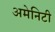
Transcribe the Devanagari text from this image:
अमेनिटी